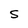
Character: S